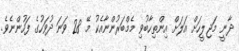
ދާނީ މަޖިލީހަށް އަލަށް އިންތިހާބުވި މެމްބަރުންނާއެކު މޭ 28 ވަނަ ދުވަހުގެ ފަހުންނެވެ.